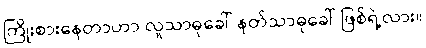
ကြိုးစားနေတာဟာ လူသာဓုခေါ် နတ်သာဓုခေါ် ဖြစ်ရဲ့လား။